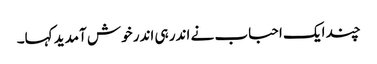
چند ایک احباب نے اندر ہی اندر خوش آمدید کہا۔